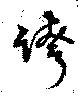
誇